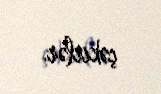
çəkirlər.